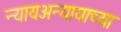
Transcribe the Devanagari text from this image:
न्यायअन्यायाच्या